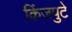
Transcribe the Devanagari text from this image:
किंजपुटे